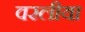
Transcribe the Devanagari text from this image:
वरलीया